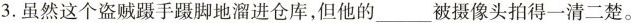
3.虽然这个盗贼蹑手蹑脚地溜进仓库，但他的___被摄像头拍得一清二楚。